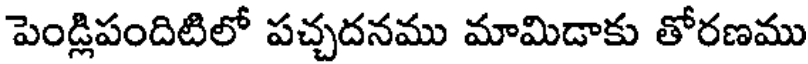
పెండ్లిపందిటిలో పచ్చదనము మామిడాకు తోరణము